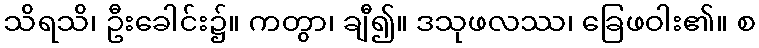
သိရသိ၊ ဦးခေါင်း၌။ ကတွာ၊ ချီ၍။ ဒသုဖလဿ၊ ခြေဖဝါး၏။ စ